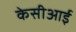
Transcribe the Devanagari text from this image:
केसीआई